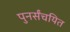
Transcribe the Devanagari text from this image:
पुनर्संचयित